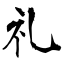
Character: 礼